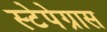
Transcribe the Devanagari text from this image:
स्टेपेग्रास